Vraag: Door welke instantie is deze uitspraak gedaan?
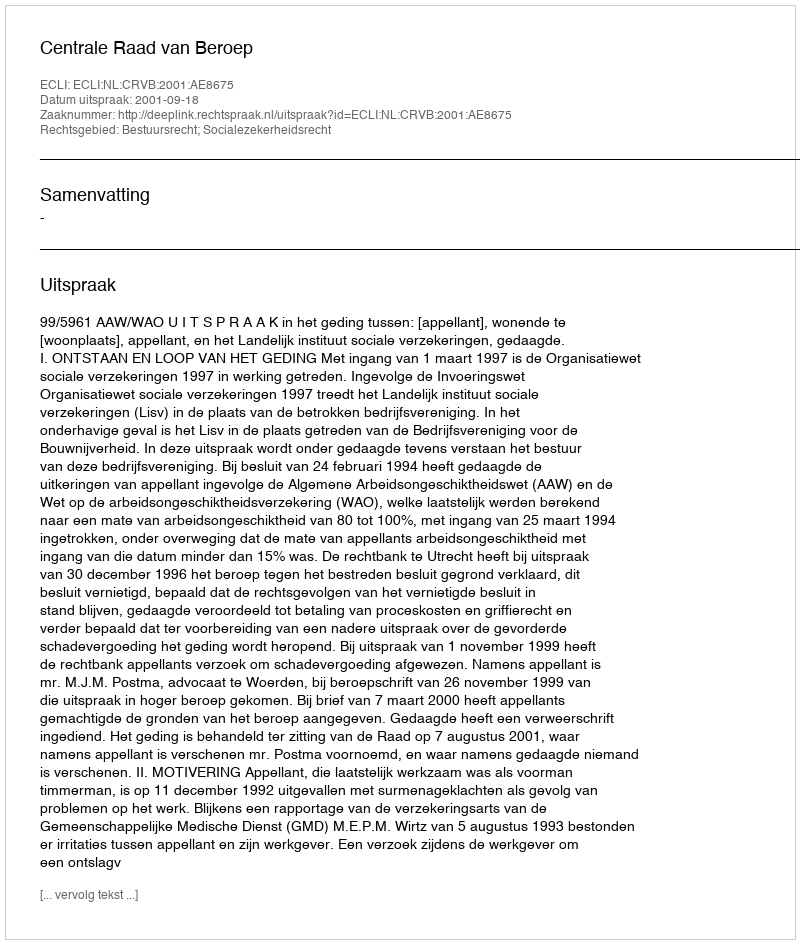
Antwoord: Centrale Raad van Beroep